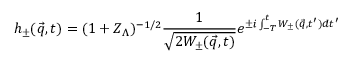
h _ { \pm } ( { \vec { q } } , t ) = ( 1 + Z _ { \Lambda } ) ^ { - 1 / 2 } \frac { 1 } { \sqrt { 2 W _ { \pm } ( { \vec { q } } , t ) } } e ^ { \pm i \int _ { - T } ^ { t } W _ { \pm } ( { \vec { q } } , t ^ { \prime } ) d t ^ { \prime } }